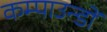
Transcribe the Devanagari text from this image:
कम्पाउन्डों